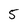
Character: 5